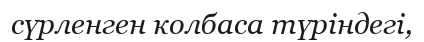
сүрленген колбаса түріндегі,